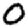
Digit: 0